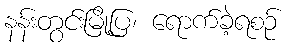
နန်းတွင်းမြို့ပြ၊ ရောက်ခဲ့ရစဉ်